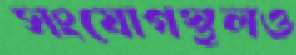
সংযোগস্থলও